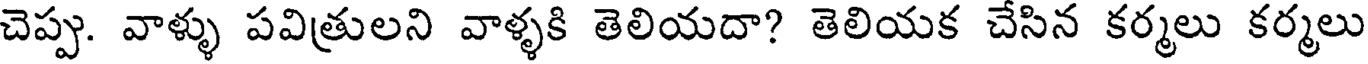
చెప్పు. వాళ్ళు పవిత్రులని వాళ్ళకి తెలియదా? తెలియక చేసిన కర్మలు కర్మలు